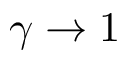
\gamma \to 1